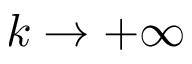
k \to + \infty